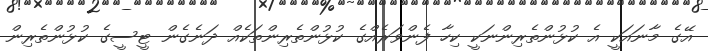
އޭގެ މާނައަކީ އެ ކުޅުންތެރިންނަކީ ކިހާ ފެންވަރެއްގެ ކުޅުންތެރިންތަކެއް ދަނެގެން ޓީސީގެ ކުޅުންތެރިން